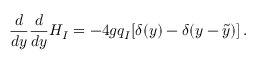
{ \frac { d } { d y } } { \frac { d } { d y } } H _ { I } = - 4 g q _ { I } [ \delta ( y ) - \delta ( y - \tilde { y } ) ] \, .